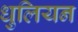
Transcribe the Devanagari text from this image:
धुलियन